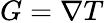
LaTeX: G=\nabla T